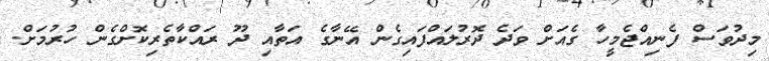
މިދުވަސް ފެނިއްޖެމީހާ ގެއަށް ވަދެ ދޮރުލައްފައިގެން އޭނާގެ އަތާއި ދޫ ރައްކާތެރިކޮށްގެން ހުރުމަށް.